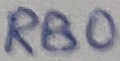
Text: RB0